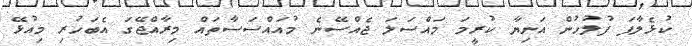
ކުޅެލާފަ ފުލުހުން އަނިޔާ ކުރީމަ މައްސަލަ ޖެއްސޭނެ މުއައްސަސާތައް މިރާއްޖޭގަ އެބަހުރި މިއުޅޭ